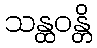
သန္ထဝန္တိ